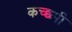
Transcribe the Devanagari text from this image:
कच्छपी